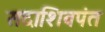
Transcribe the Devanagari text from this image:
सदाशिवपंत